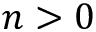
n > 0